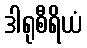
ဒါရုစီရိယံ